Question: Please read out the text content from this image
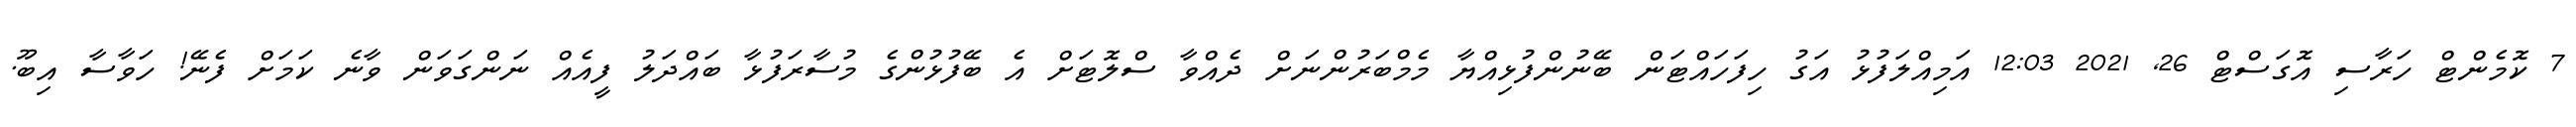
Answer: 7 ކޮމެންޓް ހަރާސި އޮގަސްޓް 26, 2021 12:03 އަމިއްލަފުޅު އަގު ހިފަހައްޓަން ބޭނުންފުޅިއްޔާ މެމްބަރުންނަށް ދެއްވާ ސްލޮޓަށް އެ ބޭފުޅުންގެ މުސާރަފުޅާ ބައްދަލު ފީއެއް ނަންގަވަން ވާނެ ކަމަށް ފެނޭ! ހަވާސާ އިބޫ.